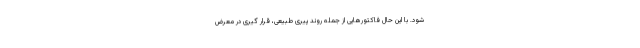
شود. با این حال فاکتورهایی از جمله روند پیری طبیعی، قرار گیری در معرض